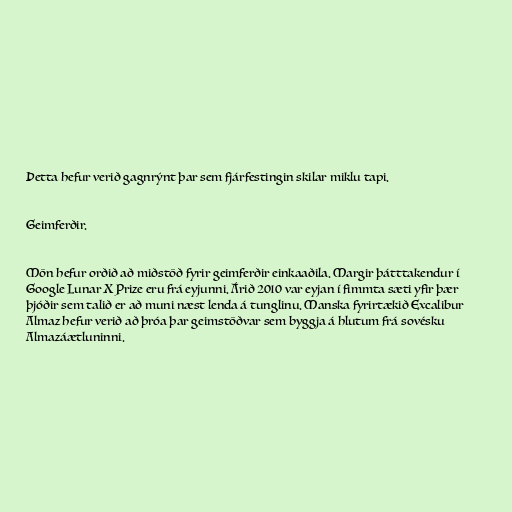
Þetta hefur verið gagnrýnt þar sem fjárfestingin skilar miklu tapi.

Geimferðir.

Mön hefur orðið að miðstöð fyrir geimferðir einkaaðila. Margir þátttakendur í
Google Lunar X Prize eru frá eyjunni. Árið 2010 var eyjan í fimmta sæti yfir þær
þjóðir sem talið er að muni næst lenda á tunglinu. Manska fyrirtækið Excalibur
Almaz hefur verið að þróa þar geimstöðvar sem byggja á hlutum frá sovésku
Almazáætluninni.